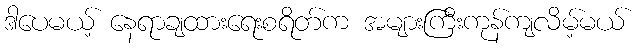
ဒါပေမယ့် နေရာချထားရေးစရိတ်က အများကြီးကုန်ကျလိမ့်မယ်